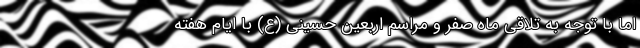
اما با توجه به تلاقی ماه صفر و مراسم اربعین حسینی (ع) با ایام هفته